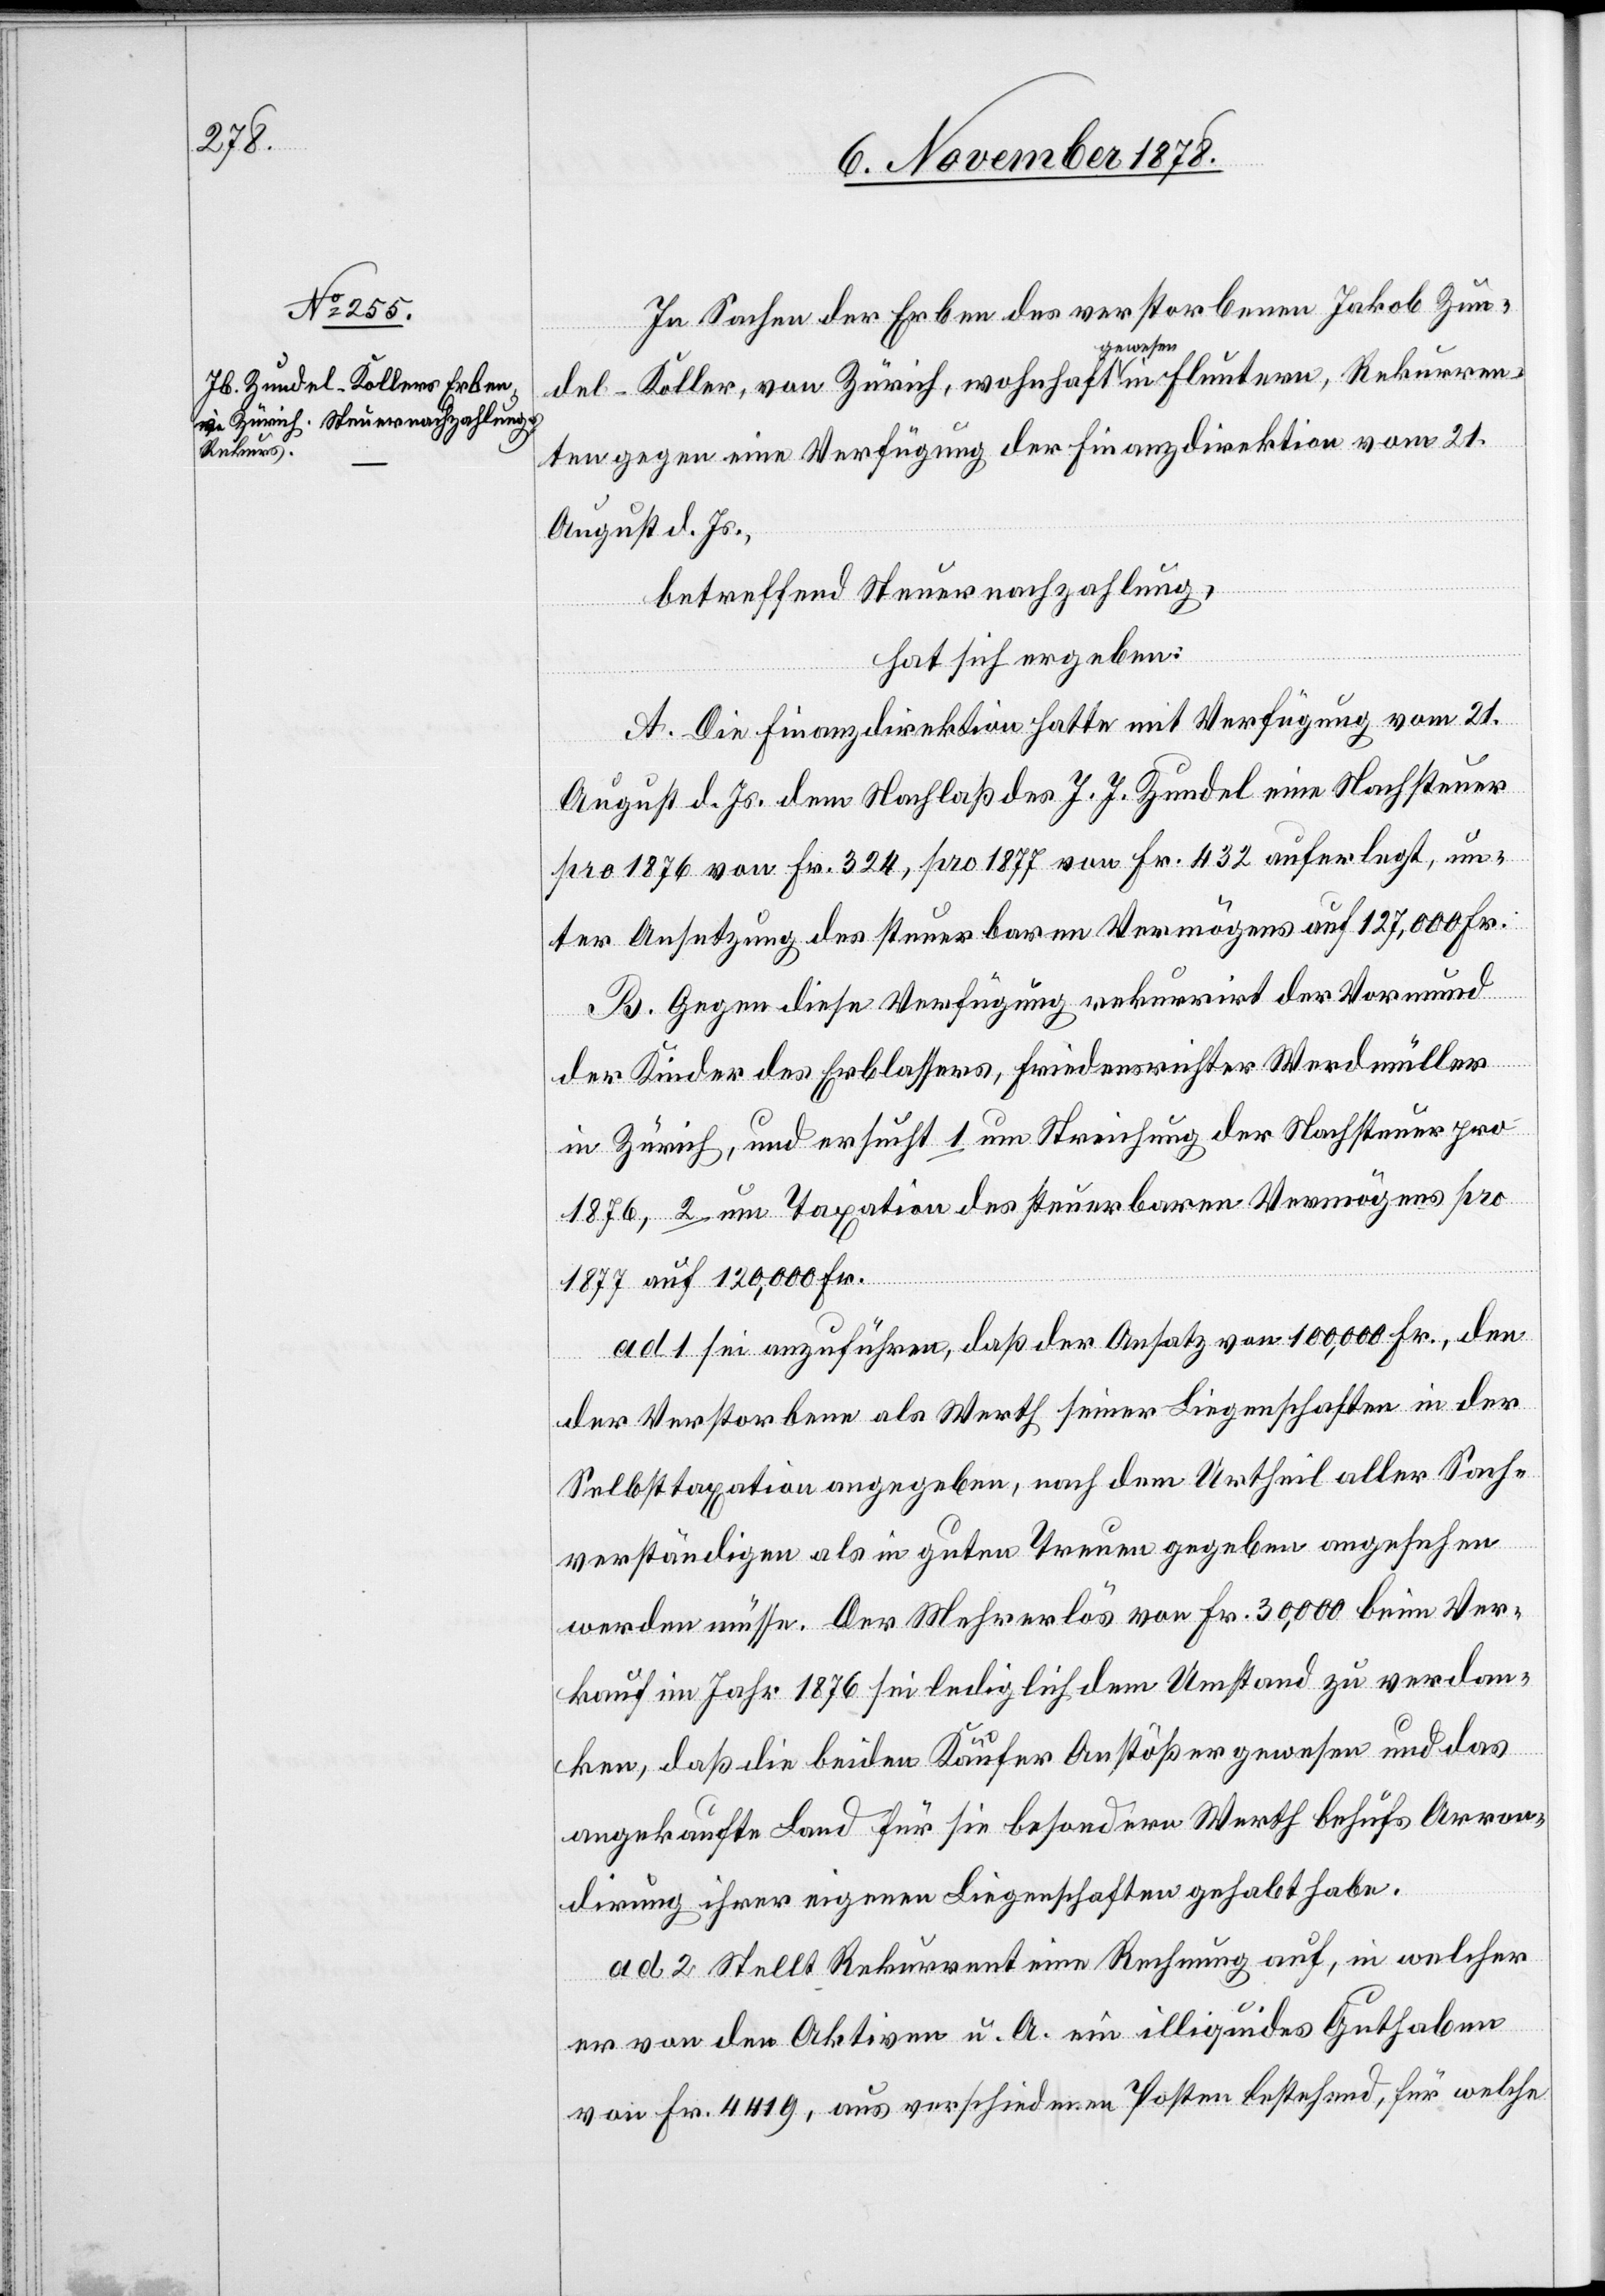
In Sachen der Erben des verstorbenen Jakob Zun¬
del-Koller, von Zürich, wohnhaft gewesen in Fluntern, Rekurren¬
ten gegen eine Verfügung der Finanzdirektion vom 21.
August d. Js.,
betreffend Steuernachzahlung,
hat sich ergeben:
A. Die Finanzdirektion hatte mit Verfügung vom 21.
August d. Js. dem Nachlaß des J. J. Zundel eine Nachsteuer
pro 1876 von Fr. 324, pro 1877 von Fr. 432 auferlegt, un¬
ter Ansetzung des steuerbaren Vermögens auf 127,000 Fr.
B. gegen diese Verfügung rekurrirt der Vormund
der Kinder des Erblassers, Friedensrichter Werdmüller
in Zürich, und ersucht 1. um Streichung der Nachsteuer pro
1876, 2. um Taxation des steuerbaren Vermögens pro
1877 auf 120,000 Fr.
ad 1 sei anzuführen, daß der Ansatz von 100,000 Fr., den
der Verstorbene als Werth seiner Liegenschaften in der
Selbsttaxation angegeben, nach dem Urtheil aller Sach¬
verständigen als in guten Treuen gegeben angesehen
werden müsse. Der Mehrerlös von Fr. 30,000 beim Ver¬
kauf im Jahr 1876 sei lediglich dem Umstand zu verdan¬
ken, daß die beiden Käufer Anstößer gewesen und das
angekaufte Land für sie besondern Werth behufs Arron¬
dirung ihrer eigenen Liegenschaften gehabt habe.
ad 2 stellt Rekurrent eine Rechnung auf, in welcher
er von den aktiven u. A. ein illiquides Guthaben
von Fr. 4419, aus verschiedenen Posten bestehend, für welche